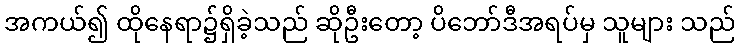
အကယ်၍ ထိုနေရာ၌ရှိခဲ့သည် ဆိုဦးတော့ ပိဘော်ဒီအရပ်မှ သူများ သည်